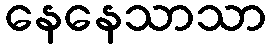
နေနေသာသာ